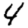
Digit: 4